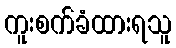
ကူးစက်ခံထားရသူ